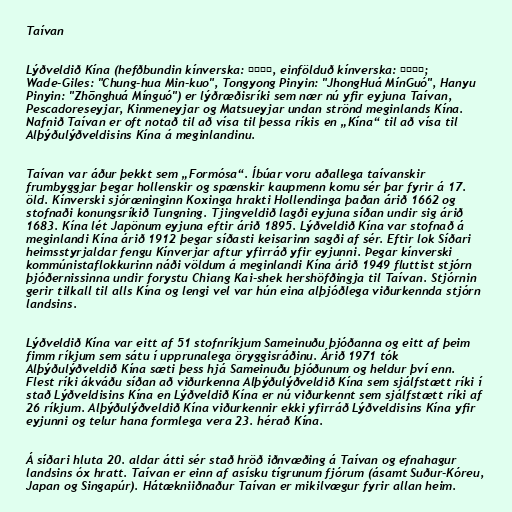
Taívan

Lýðveldið Kína (hefðbundin kínverska: 中華民國, einfölduð kínverska: 中华民国;
Wade-Giles: "Chung-hua Min-kuo", Tongyong Pinyin: "JhongHuá MínGuó", Hanyu
Pinyin: "Zhōnghuá Mínguó") er lýðræðisríki sem nær nú yfir eyjuna Taívan,
Pescadoreseyjar, Kinmeneyjar og Matsueyjar undan strönd meginlands Kína.
Nafnið Taívan er oft notað til að vísa til þessa ríkis en „Kína“ til að vísa til
Alþýðulýðveldisins Kína á meginlandinu.

Taívan var áður þekkt sem „Formósa“. Íbúar voru aðallega taívanskir
frumbyggjar þegar hollenskir og spænskir kaupmenn komu sér þar fyrir á 17.
öld. Kínverski sjóræninginn Koxinga hrakti Hollendinga þaðan árið 1662 og
stofnaði konungsríkið Tungning. Tjingveldið lagði eyjuna síðan undir sig árið
1683. Kína lét Japönum eyjuna eftir árið 1895. Lýðveldið Kína var stofnað á
meginlandi Kína árið 1912 þegar síðasti keisarinn sagði af sér. Eftir lok Síðari
heimsstyrjaldar fengu Kínverjar aftur yfirráð yfir eyjunni. Þegar kínverski
kommúnistaflokkurinn náði völdum á meginlandi Kína árið 1949 fluttist stjórn
þjóðernissinna undir forystu Chiang Kai-shek hershöfðingja til Taívan. Stjórnin
gerir tilkall til alls Kína og lengi vel var hún eina alþjóðlega viðurkennda stjórn
landsins.

Lýðveldið Kína var eitt af 51 stofnríkjum Sameinuðu þjóðanna og eitt af þeim
fimm ríkjum sem sátu í upprunalega öryggisráðinu. Árið 1971 tók
Alþýðulýðveldið Kína sæti þess hjá Sameinuðu þjóðunum og heldur því enn.
Flest ríki ákváðu síðan að viðurkenna Alþýðulýðveldið Kína sem sjálfstætt ríki í
stað Lýðveldisins Kína en Lýðveldið Kína er nú viðurkennt sem sjálfstætt ríki af
26 ríkjum. Alþýðulýðveldið Kína viðurkennir ekki yfirráð Lýðveldisins Kína yfir
eyjunni og telur hana formlega vera 23. hérað Kína.

Á síðari hluta 20. aldar átti sér stað hröð iðnvæðing á Taívan og efnahagur
landsins óx hratt. Taívan er einn af asísku tígrunum fjórum (ásamt Suður-Kóreu,
Japan og Singapúr). Hátækniiðnaður Taívan er mikilvægur fyrir allan heim.